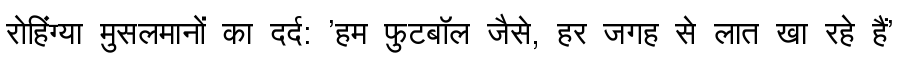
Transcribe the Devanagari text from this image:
रोहिंग्या मुसलमानों का दर्द: 'हम फुटबॉल जैसे, हर जगह से लात खा रहे हैं'